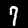
Label: 7